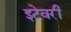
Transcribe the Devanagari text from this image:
इटेवरीं